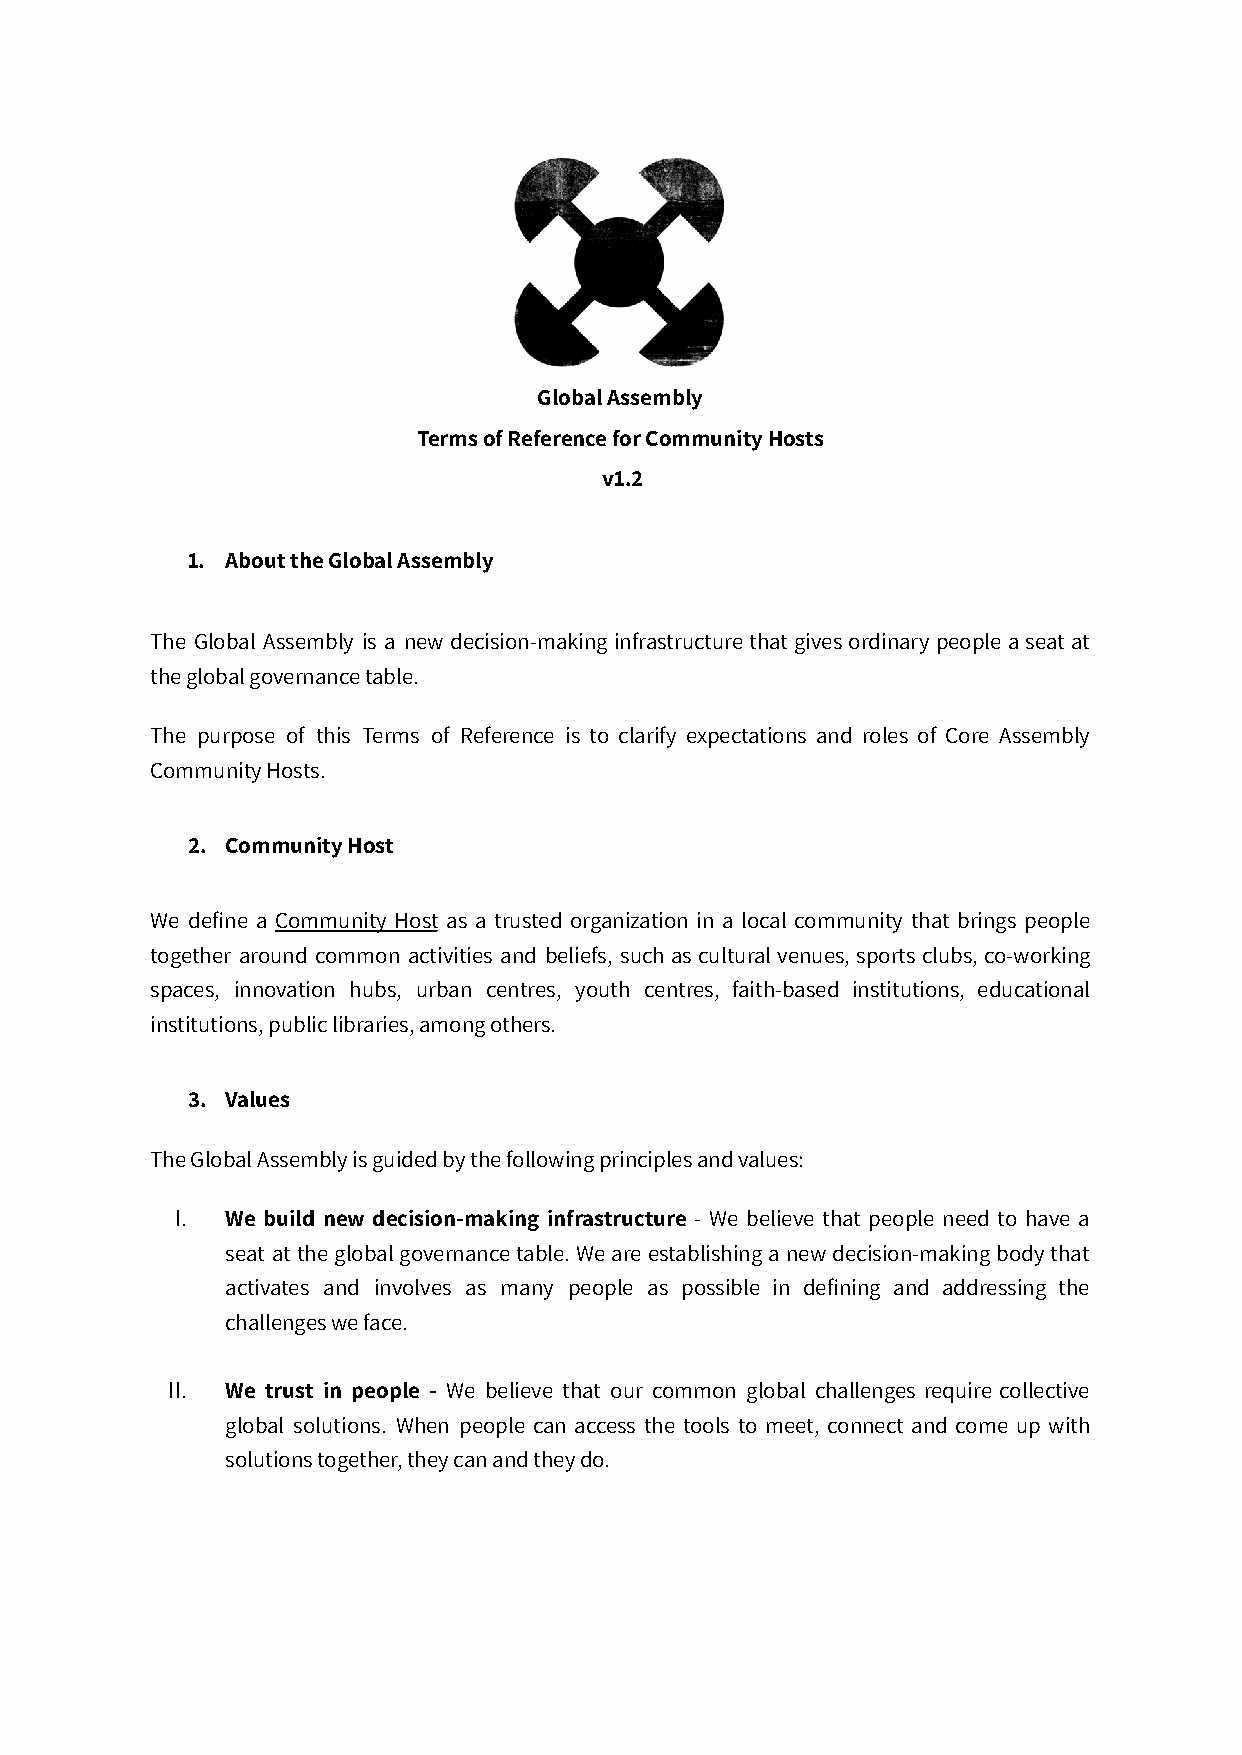
Global Assembly
 Terms of Reference for Community Hosts
 v1.2
 1. About the Global Assembly
 The Global Assembly is a newdecision-makinginfrastructurethatgivesordinarypeopleaseatat
 the global governance table.
 The purpose of this Terms of Reference is to clarify expectations and roles of Core Assembly
 Community Hosts.
 2. Community Host
 We define a Community Host as a trusted organization in a local community that brings people
 together around common activities and beliefs, suchasculturalvenues,sportsclubs,co-working
 spaces, innovation hubs, urban centres, youth centres, faith-based institutions, educational
 institutions, public libraries, among others.
 3. Values
 The Global Assembly is guided by the following principlesand values:
 I. We build new decision-making infrastructure - We believe that people need to have a
 seat attheglobalgovernancetable.Weareestablishinganewdecision-makingbodythat
 activates and involves as many people as possible in defining and addressing the
 challenges we face.
 II. We trust in people - We believe that our common global challenges require collective
 global solutions. When people can access the tools to meet, connect and come up with
 solutions together, they can and they do.